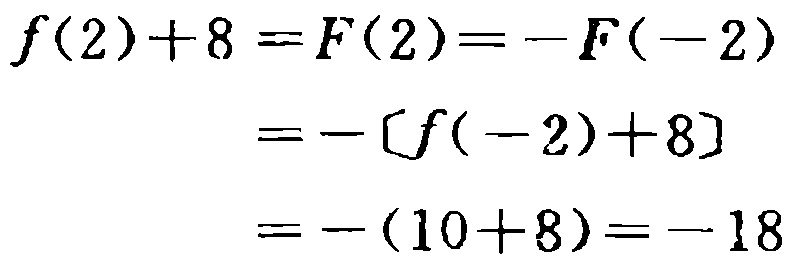
\[
\begin{align*}
f(2)+8 =F(2)&=-F(-2)\\
&=-[f(-2)+8]\\
&=-(10 + 8)=-18
\end{align*}
\]